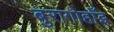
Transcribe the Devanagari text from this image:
बुरागोहाँइ